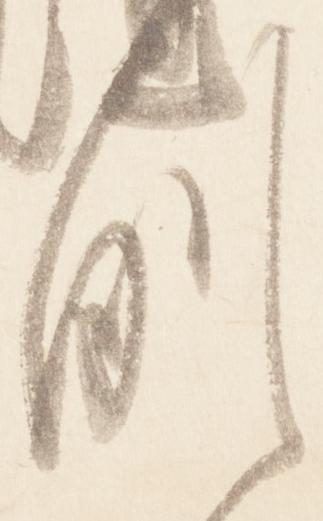
例